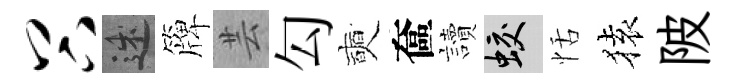
谷述簰芸勾奭奩讀蛟恬𫞤陂